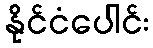
နိုင်ငံပေါင်း